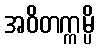
အဝိတက္ကမ္ပိ